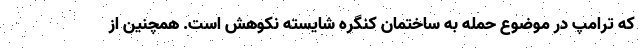
که ترامپ در موضوع حمله به ساختمان کنگره شایسته نکوهش است. همچنین از